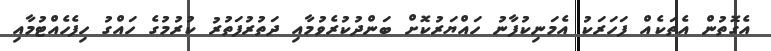
އެގޮތުން އެތަކެއް ފަހަރަކު އެމަނިކުފާނު ހައްޔަރުކޮށް ބަންދުކުރެވުމާއި ދަތުރުފަތުރު ކުރުމުގެ ހައްގު ހިފެހެއްޓުމާއި